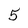
Character: 5